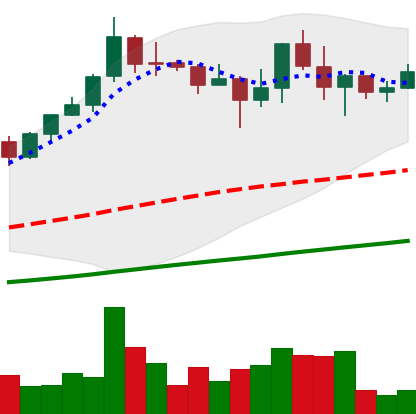
Ticker: BNB-USD
Chart end date: 2021-04-26
Forward return: 15.857%
Label: up_7plus